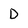
Character: D